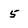
Character: 5